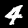
Label: 4